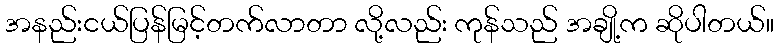
အနည်းငယ်ပြန်မြင့်တက်လာတာ လို့လည်း ကုန်သည် အချို့က ဆိုပါတယ်။